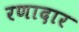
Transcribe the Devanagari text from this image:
रणादार